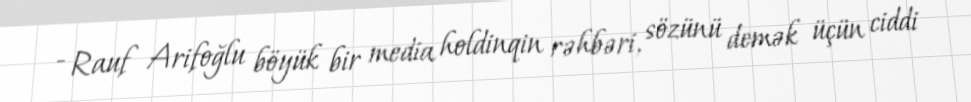
- Rauf Arifoğlu böyük bir media holdinqin rəhbəri, sözünü demək üçün ciddi